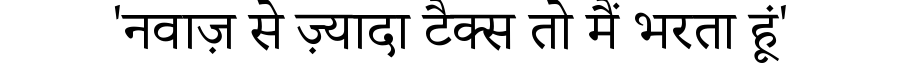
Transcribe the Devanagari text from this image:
'नवाज़ से ज़्यादा टैक्स तो मैं भरता हूं'